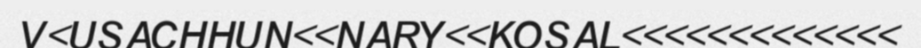
V<USACHHUN<<NARY<<KOSAL<<<<<<<<<<<<<